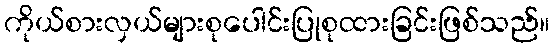
ကိုယ်စားလှယ်များစုပေါင်းပြုစုထားခြင်းဖြစ်သည်။